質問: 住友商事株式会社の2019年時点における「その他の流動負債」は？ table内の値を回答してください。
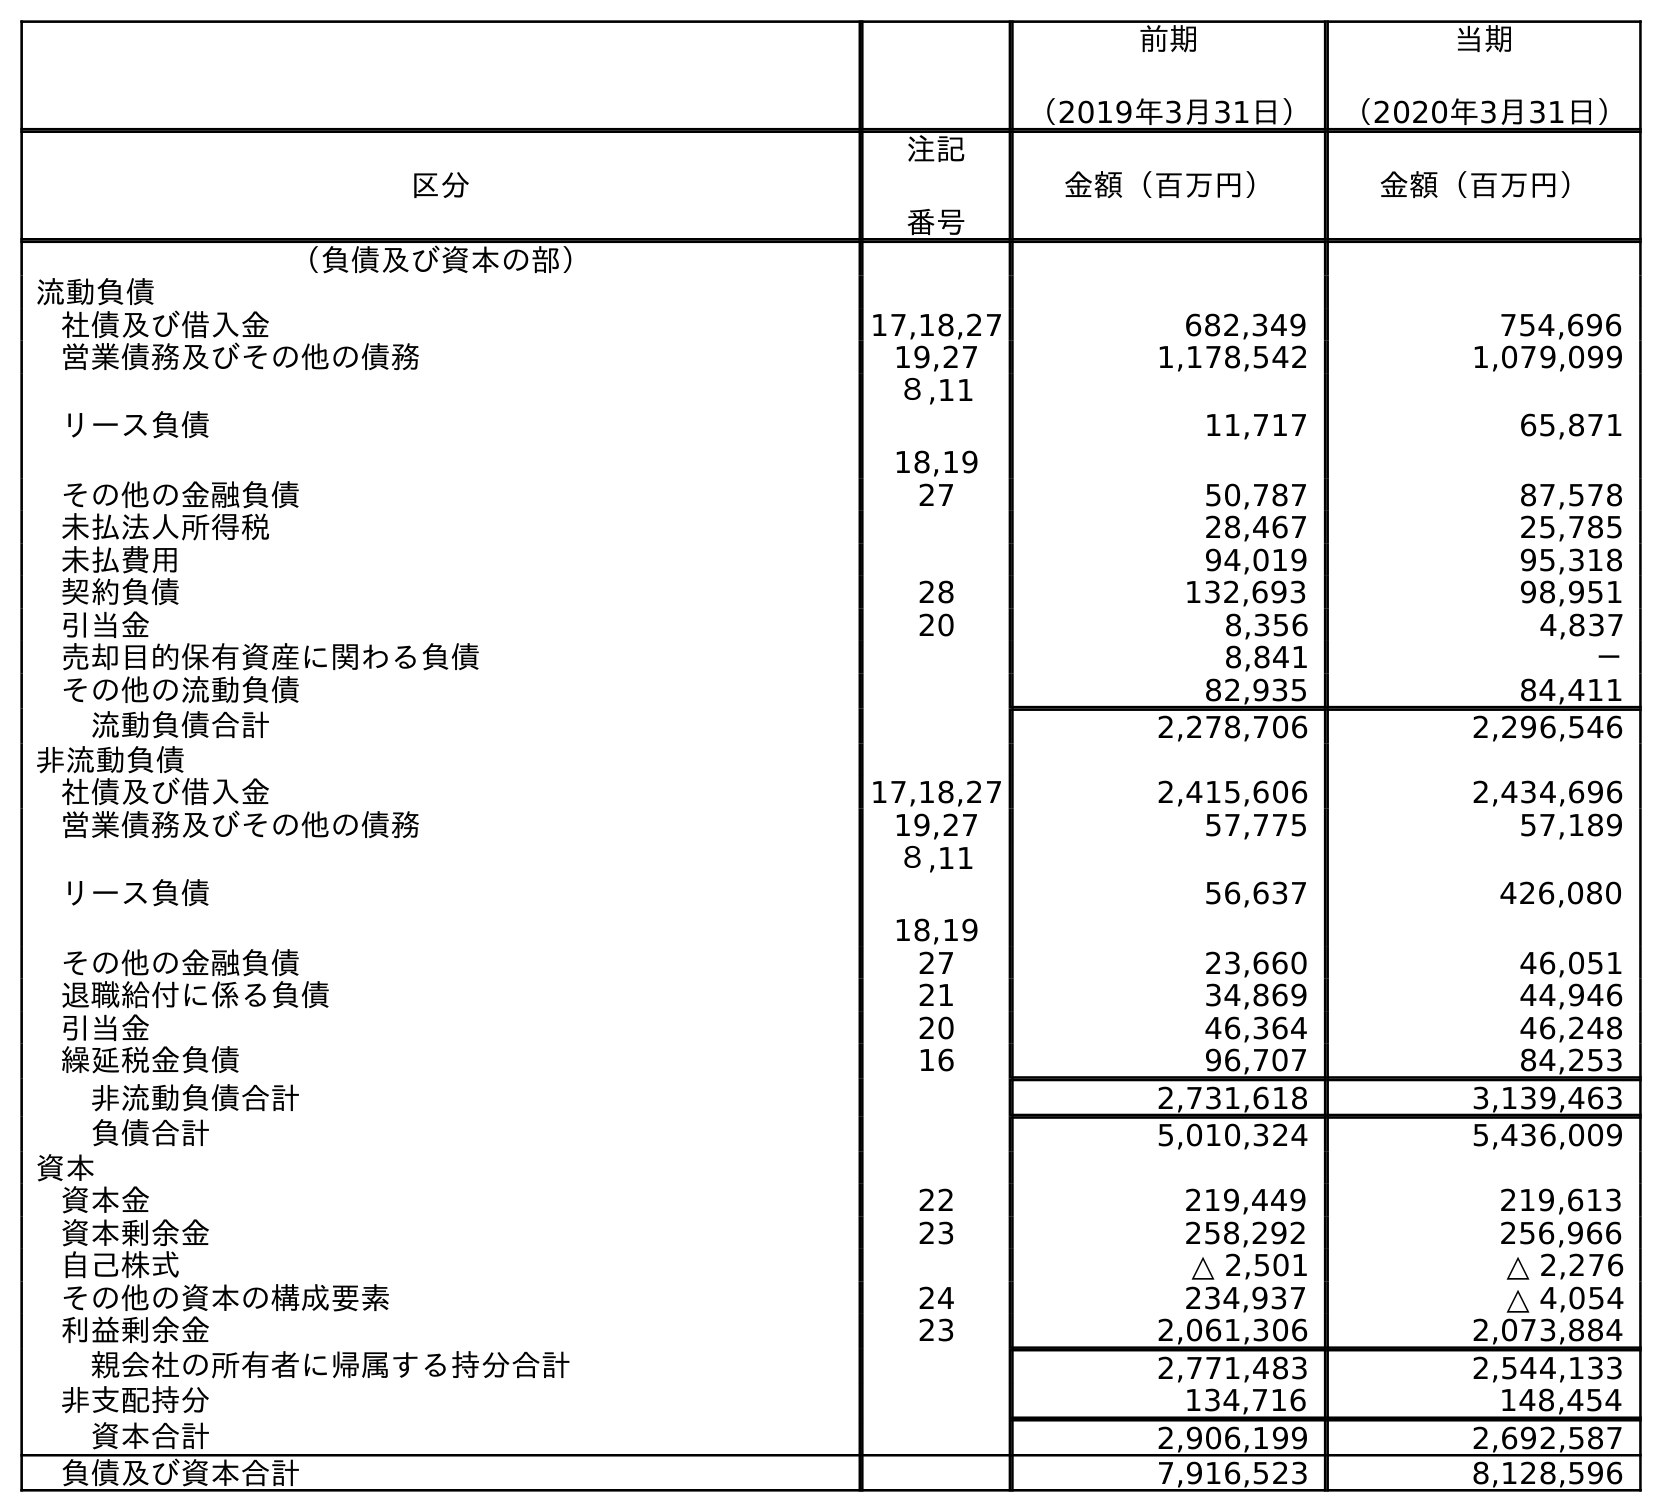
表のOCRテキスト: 前期 （2019年3月31日） 当期 （2020年3月31日） 区分 注記 番号 金額（百万円） 金額（百万円） （負債及び資本の部） 流動負債 社債及び借入金 17,18,27 682,349 754,696 営業債務及びその他の債務 19,27 1,178,542 1,079,099 リース負債 ８,11 18,19 11,717 65,871 その他の金融負債 27 50,787 87,578 未払法人所得税 28,467 25,785 未払費用 94,019 95,318 契約負債 28 132,693 98,951 引当金 20 8,356 4,837 売却目的保有資産に関わる負債 8,841 － その他の流動負債 82,935 84,411 流動負債合計 2,278,706 2,296,546 非流動負債 社債及び借入金 17,18,27 2,415,606 2,434,696 営業債務及びその他の債務 19,27 57,775 57,189 リース負債 ８,11 18,19 56,637 426,080 その他の金融負債 27 23,660 46,051 退職給付に係る負債 21 34,869 44,946 引当金 20 46,364 46,248 繰延税金負債 16 96,707 84,253 非流動負債合計 2,731,618 3,139,463 負債合計 5,010,324 5,436,009 資本 資本金 22 219,449 219,613 資本剰余金 23 258,292 256,966 自己株式 △ 2,501 △ 2,276 その他の資本の構成要素 24 234,937 △ 4,054 利益剰余金 23 2,061,306 2,073,884 親会社の所有者に帰属する持分合計 2,771,483 2,544,133 非支配持分 134,716 148,454 資本合計 2,906,199 2,692,587 負債及び資本合計 7,916,523 8,128,596
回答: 82,935